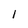
Character: 1